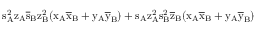
\mathrm { s _ { A } ^ { 2 } \mathrm { z _ { A } \mathrm { \overline { { s } } _ { B } \mathrm { z _ { B } ^ { 2 } ( \mathrm { x _ { A } \mathrm { \overline { { x } } _ { B } + \mathrm { y _ { A } \mathrm { \overline { { y } } _ { B } ) + \mathrm { s _ { A } \mathrm { z _ { A } ^ { 2 } \mathrm { s _ { B } ^ { 2 } \mathrm { \overline { { z } } _ { B } ( \mathrm { x _ { A } \mathrm { \overline { { x } } _ { B } + \mathrm { y _ { A } \mathrm { \overline { { y } } _ { B } ) } } } } } } } } } } } } } } } }